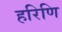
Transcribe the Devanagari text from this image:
हरिणि